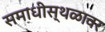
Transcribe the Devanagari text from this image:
समाधीस्थळावर